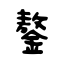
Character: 鏊